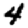
Digit: 4